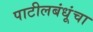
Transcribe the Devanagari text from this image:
पाटीलबंधूंचा